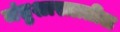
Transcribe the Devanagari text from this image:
जंतुशास्त्रातील